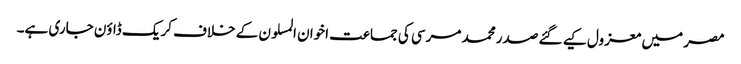
مصر میں معزول کیے گئے صدر محمد مرسی کی جماعت اخوان المسلون کے خلاف کریک ڈاؤن جاری ہے۔